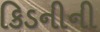
કિડનીની